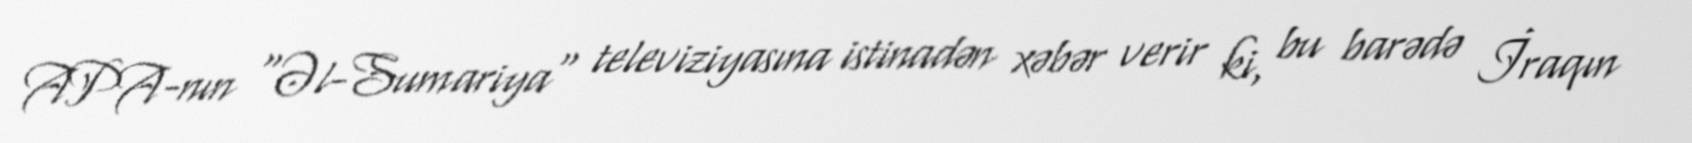
APA-nın "Əl-Sumariya" televiziyasına istinadən xəbər verir ki, bu barədə İraqın